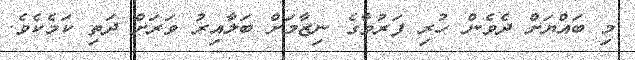
މި ބައްޔަށް ދެވެން ހުރި ފަރުވާގެ ނިޒާމަށް ބަލާއިރު ވަރަށް ދަތި ކަމެކެވެ.